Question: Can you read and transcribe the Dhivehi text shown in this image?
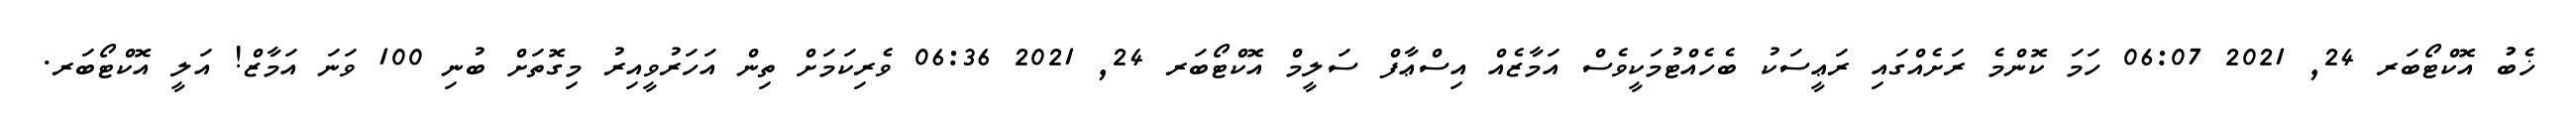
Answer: ޚެބުު އޮކްޓޯބަރ 24, 2021 06:07 ހަމަ ކޮންމެ ރަށެއްގައި ރަޢީސަކު ބެހެއްޓުމަކީވެސް އަމާޒެއް އިސްޢާފް ސަލީމް އޮކްޓޯބަރ 24, 2021 06:36 ވެރިކަމަށް ތިން އަހަރުވީއިރު މިގޮތަށް ބުނި 100 ވަނަ އަމާޒް! އަލީ އޮކްޓޯބަރ.